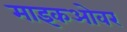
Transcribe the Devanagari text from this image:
माइकओवर